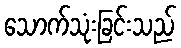
သောက်သုံးခြင်းသည်